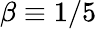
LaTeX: \beta\equiv 1/5